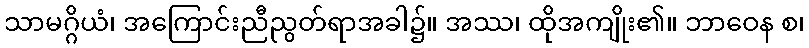
သာမဂ္ဂိယံ၊ အကြောင်းညီညွတ်ရာအခါ၌။ အဿ၊ ထိုအကျိုး၏။ ဘာဝေန စ၊